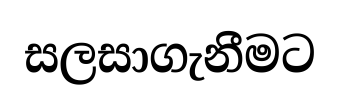
සලසාගැනීමට